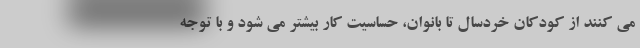
می کنند از کودکان خردسال تا بانوان، حساسیت کار بیشتر می شود و با توجه